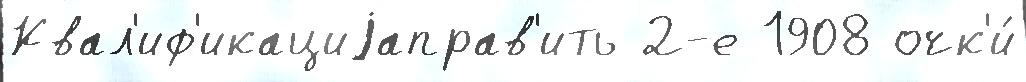
Квал'иф'икациjаправ'ить 2-е 1908 очк'и́